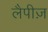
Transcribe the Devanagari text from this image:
लैपीज़